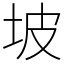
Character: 坡